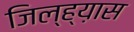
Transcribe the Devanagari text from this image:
जिल्ह्य़ास